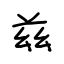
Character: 兹